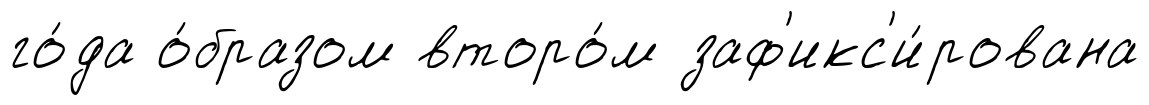
го́да о́бразом второ́м заф'икс'и́рована